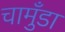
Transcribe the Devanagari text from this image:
चामुँडा